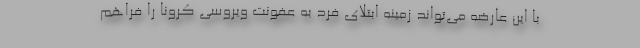
با این عارضه می‌تواند زمینه ابتلای فرد به عفونت ویروسی کرونا را فراهم